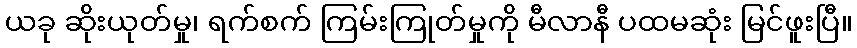
ယခု ဆိုးယုတ်မှု၊ ရက်စက် ကြမ်းကြုတ်မှုကို မီလာနီ ပထမဆုံး မြင်ဖူးပြီ။